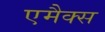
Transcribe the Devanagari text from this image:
एमैक्स